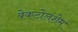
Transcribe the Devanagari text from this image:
बेकटोलशेम